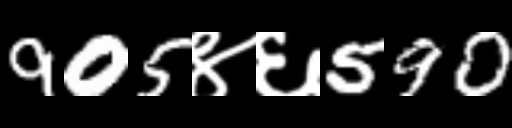
Text: 905४६590